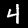
Label: 4